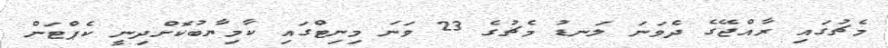
މެޗުގައި ރާއްޖޭގެ ދެވަނަ ލަނޑު މެޗުގެ 23 ވަނަ މިނިޓްގައި ކާމިޔާބުކޮށްދިނީ ކެޕްޓަން